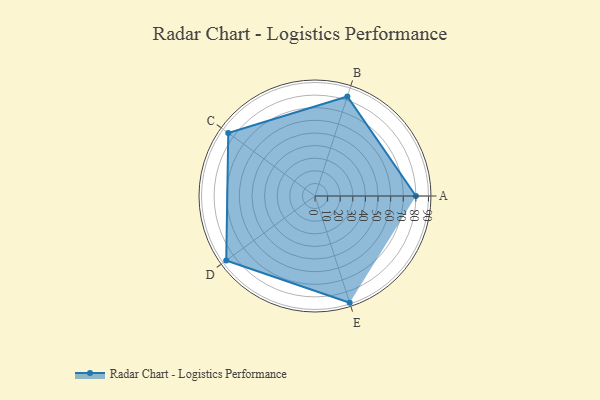
{"axis": {"x": "Skill", "y": "Score"}, "legend": ["Profile"], "data": [{"x": "A", "y": 80.0, "type": "Profile"}, {"x": "B", "y": 83.0, "type": "Profile"}, {"x": "C", "y": 85.0, "type": "Profile"}, {"x": "D", "y": 87.0, "type": "Profile"}, {"x": "E", "y": 89.0, "type": "Profile"}]}